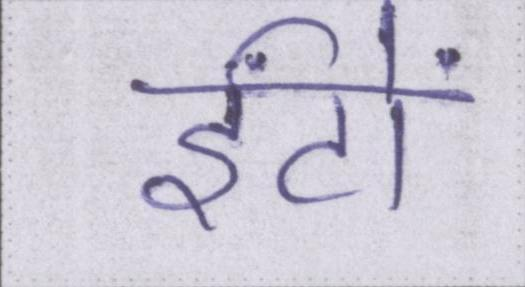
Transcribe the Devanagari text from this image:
ईंटों